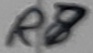
Text: R8